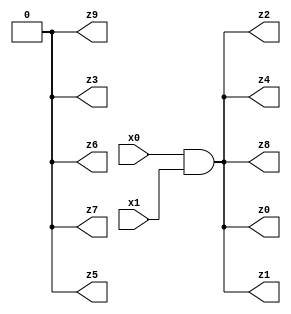
// Benchmark "mult_1x1_930" written by ABC on Fri Dec 09 22:18:00 2022

module mult_1x1_930 ( 
    x0, x1,
    z0, z1, z2, z3, z4, z5, z6, z7, z8, z9  );
  input  x0, x1;
  output z0, z1, z2, z3, z4, z5, z6, z7, z8, z9;
  assign z3 = 1'b0;
  assign z0 = x0 & x1;
  assign z1 = x0 & x1;
  assign z2 = x0 & x1;
  assign z4 = x0 & x1;
  assign z5 = z3;
  assign z6 = z3;
  assign z7 = z3;
  assign z8 = x0 & x1;
  assign z9 = z3;
endmodule